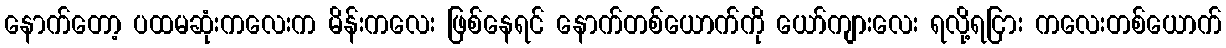
နောက်တော့ ပထမဆုံးကလေးက မိန်းကလေး ဖြစ်နေရင် နောက်တစ်ယောက်ကို ယော်ကျားလေး ရလို့ရငြား ကလေးတစ်ယောက်